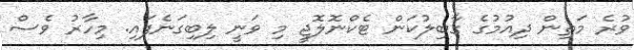
ވުރެ މަތިން ދިއުމުގެ ގާބިލުކަން ޓެކްނޮލޮޖީ މި ވަނީ ލިބިގަނެފައި. މިހާރު ވެސް